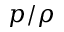
p / \rho